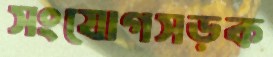
সংযোগসড়ক